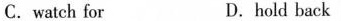
C. watch for D.hold back